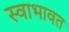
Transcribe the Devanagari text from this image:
स्वाभावत